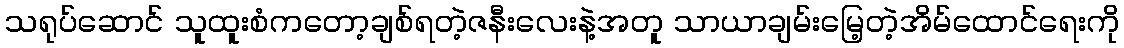
သရုပ်ဆောင် သူထူးစံကတော့ချစ်ရတဲ့ဇနီးလေးနဲ့အတူ သာယာချမ်းမြေ့တဲ့အိမ်ထောင်ရေးကို